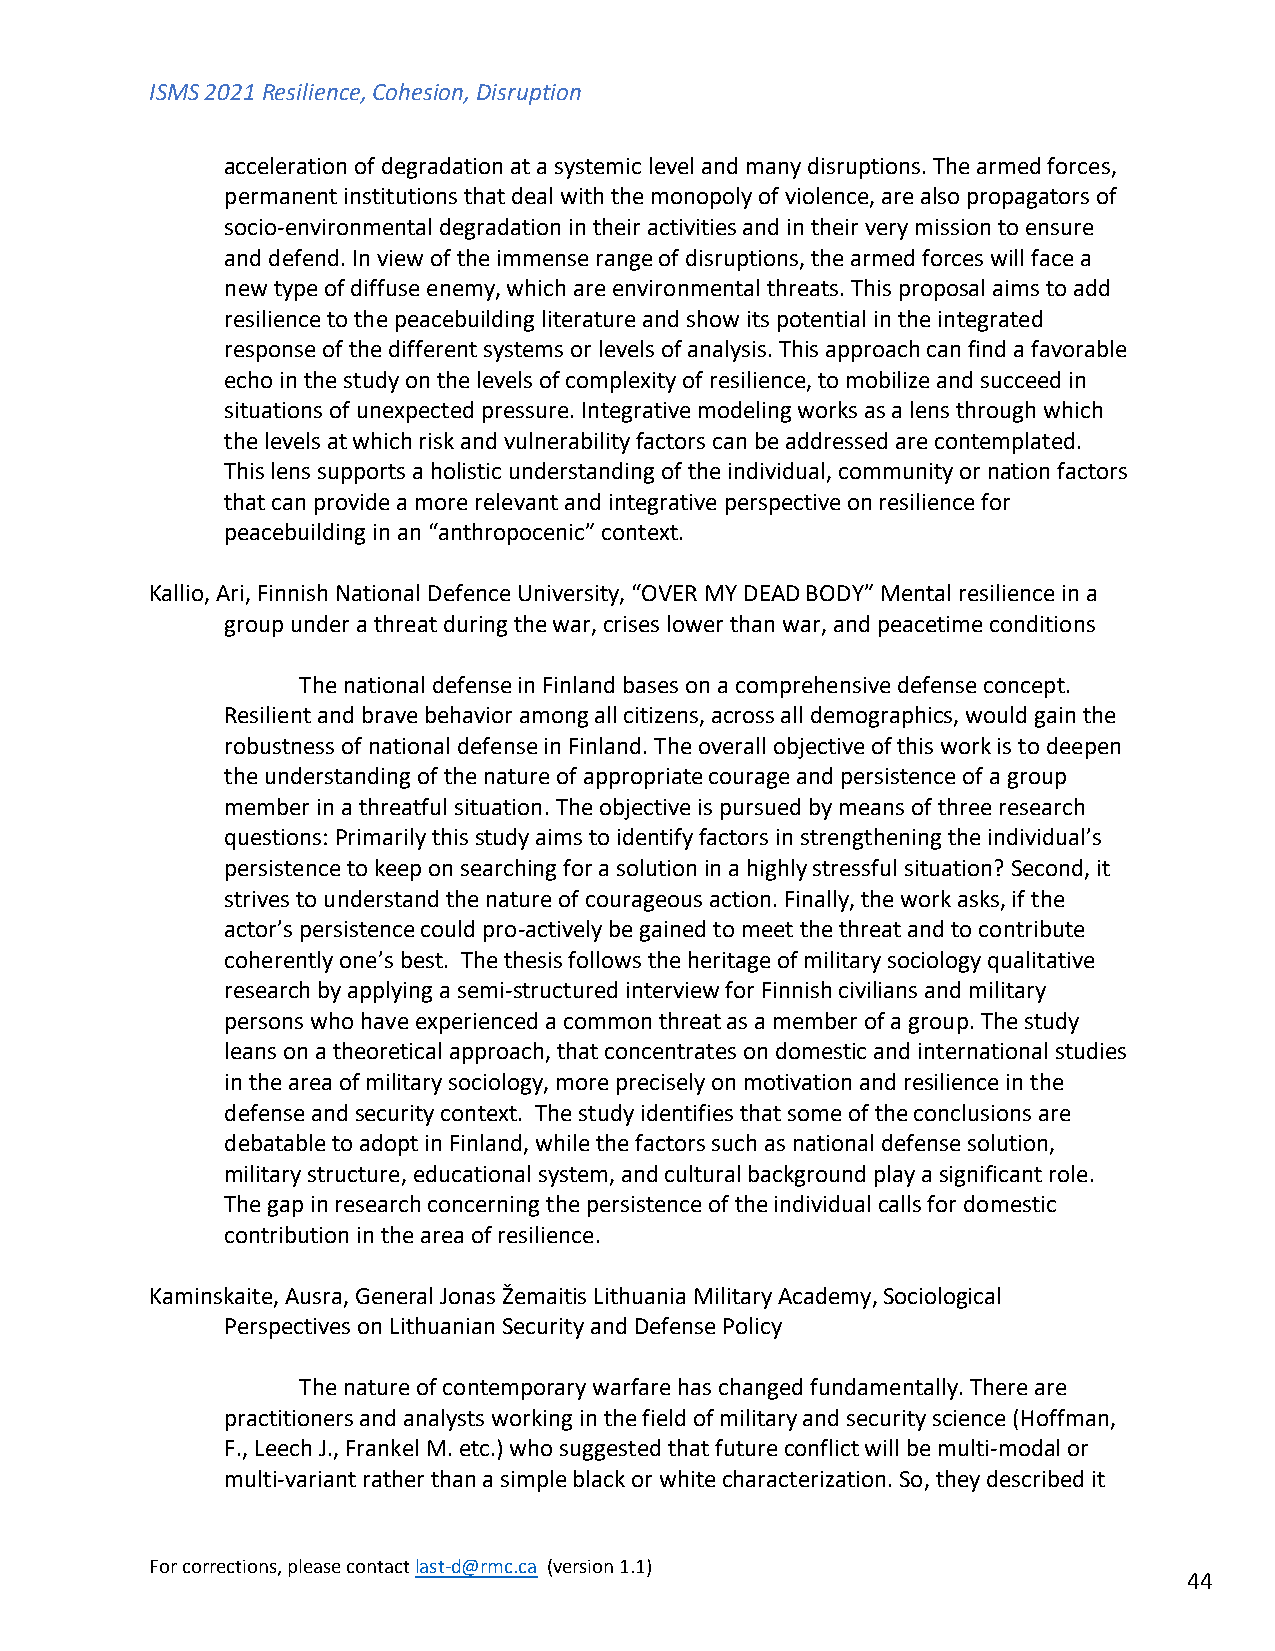
ISMS 2021 Resilience, Cohesion, Disruption
 acceleration of degradation at a systemic level and many disruptions. The armed forces,
 permanent institutions that deal with the monopoly of violence, are also propagators of
 socio-environmental degradation in their activities and in their very mission to ensure
 and defend. In view of the immense range of disruptions, the armed forces will face a
 new type of diffuse enemy, which are environmental threats. This proposal aims to add
 resilience to the peacebuilding literature and show its potential in the integrated
 response of the different systems or levels of analysis. This approach can find a favorable
 echo in the study on the levels of complexity of resilience, to mobilize and succeed in
 situations of unexpected pressure. Integrative modeling works as a lens through which
 the levels at which risk and vulnerability factors can be addressed are contemplated.
 This lens supports a holistic understanding of the individual, community or nation factors
 that can provide a more relevant and integrative perspective on resilience for
 peacebuilding in an “anthropocenic” context.
 Kallio, Ari, Finnish National Defence University, “OVER MY DEAD BODY” Mental resilience in a
 group under a threat during the war, crises lower than war, and peacetime conditions
 The national defense in Finland bases on a comprehensive defense concept.
 Resilient and brave behavior among all citizens, across all demographics, would gain the
 robustness of national defense in Finland. The overall objective of this work is to deepen
 the understanding of the nature of appropriate courage and persistence of a group
 member in a threatful situation. The objective is pursued by means of three research
 questions: Primarily this study aims to identify factors in strengthening the individual’s
 persistence to keep on searching for a solution in a highly stressful situation? Second, it
 strives to understand the nature of courageous action. Finally, the work asks, if the
 actor’s persistence could pro-actively be gained to meet the threat and to contribute
 coherently one’s best. The thesis follows the heritage of military sociology qualitative
 research by applying a semi-structured interview for Finnish civilians and military
 persons who have experienced a common threat as a member of a group. The study
 leans on a theoretical approach, that concentrates on domestic and international studies
 in the area of military sociology, more precisely on motivation and resilience in the
 defense and security context. The study identifies that some of the conclusions are
 debatable to adopt in Finland, while the factors such as national defense solution,
 military structure, educational system, and cultural background play a significant role.
 The gap in research concerning the persistence of the individual calls for domestic
 contribution in the area of resilience.
 Kaminskaite, Ausra, General Jonas Žemaitis Lithuania Military Academy, Sociological
 Perspectives on Lithuanian Security and Defense Policy
 The nature of contemporary warfare has changed fundamentally. There are
 practitioners and analysts working in the field of military and security science (Hoffman,
 F., Leech J., Frankel M. etc.) who suggested that future conflict will be multi-modal or
 multi-variant rather than a simple black or white characterization. So, they described it
 For corrections, please contact last-d@rmc.ca (version 1.1)
 44